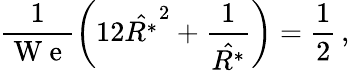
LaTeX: \frac{1}{\mathrm{~W~e~}}\left(12\hat{R^{*}}^{2}+\frac{1}{\hat{R^{*}}}\right)=\frac{1}{2}\, ,